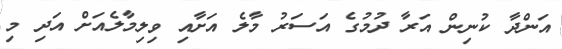
އަންދާ ކުނިން އަރާ ދުމުގެ އަސަރު މާލެ އަށާއި ވިލިމާލެއަށް އަދި މި